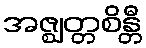
အဇ္ဈတ္တစိန္တီ